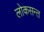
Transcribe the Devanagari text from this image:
लोकसन्त